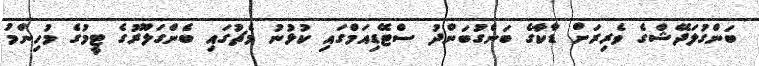
ބަންގުލަދޭޝްގެ ވެރިރަށް ޑާކާގެ ބަންގުބަންދު ސްޓޭޑިއަމްގައި ކުޅުނު މެޗުގައި ބެންގަލޫރުގެ ޓީމުގެ މުހިންމު